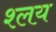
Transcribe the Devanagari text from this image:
श्लय